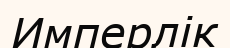
Имперлік